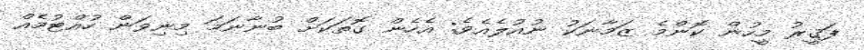
ފަޤީރު މީހުން ކޮންމެ ޒަމާނަކު ނުއުލެއެވެ; އެހެން ގޮތަކަށް ބުނާނަމަ މިނިވަން ހުއްޓުމެއް